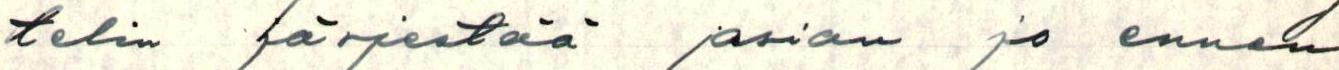
telin järjestää asian jo ennen